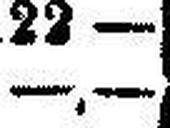
—.—